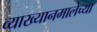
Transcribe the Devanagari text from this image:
व्याख्यानमालेच्या